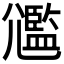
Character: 𡰛